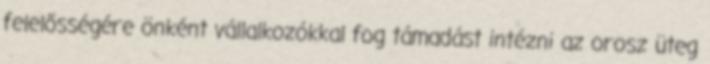
felelősségére önként vállalkozókkal fog támadást intézni az orosz üteg